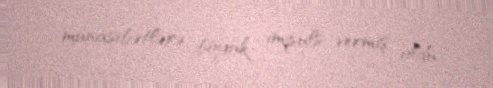
münasibətlərə böyük impuls vermiş oldu.